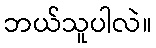
ဘယ်သူပါလဲ။